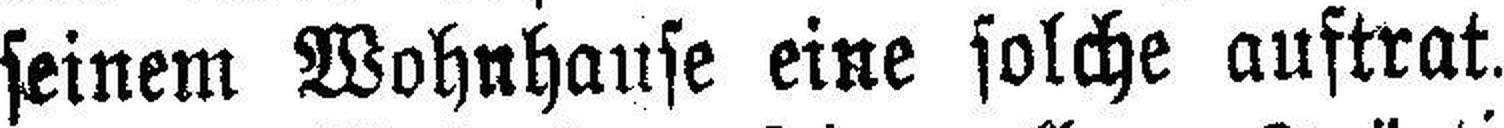
seinem Wohnhause eine solche auftrat.